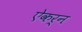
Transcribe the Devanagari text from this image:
ऐकर्न